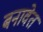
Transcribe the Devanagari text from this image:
बनावेत